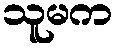
သူမက